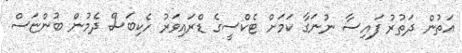
އަތުން ދަތުރު ފައިސާ ނުނަގާ ކަމަށް ޓެކްސީގެ ޑްރައިވަރު ހެކިބަސް ދެމުން ބުންޏަސް